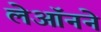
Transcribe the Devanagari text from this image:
लेऑनने